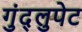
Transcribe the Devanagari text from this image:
गुंद्लुपेट